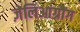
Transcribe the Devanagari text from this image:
ज़ेलिआंग्रौंग